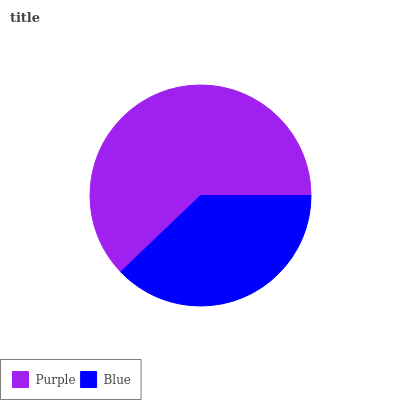
| Purple | Blue |
 | --- | --- |
 | 62.1% | 37.9% |